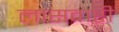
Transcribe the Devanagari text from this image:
लासवारी